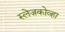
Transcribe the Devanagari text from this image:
स्लेज़कोव्हा